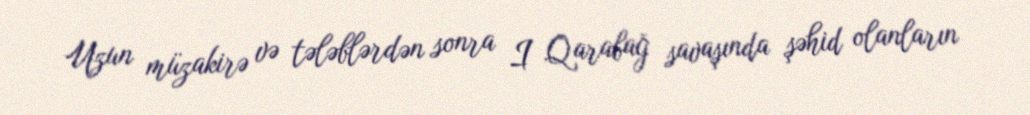
Uzun müzakirə və tələblərdən sonra I Qarabağ savaşında şəhid olanların